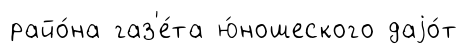
райо́на газ'е́та ю́ношеского даjо́т